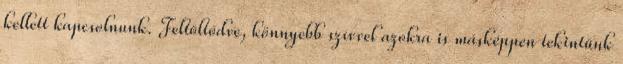
kellett kapcsolnunk. Feltöltődve, könnyebb szívvel azokra is másképpen tekintünk